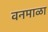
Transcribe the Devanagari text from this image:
वनमाळा